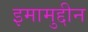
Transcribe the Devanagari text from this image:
इमामुद्दीन